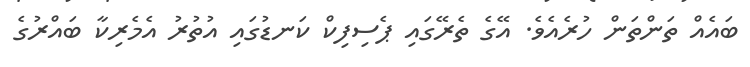
ބައެއް ތަންތަން ހުރެއެވެ. އޭގެ ތެރޭގައި ޕެސިފިކް ކަނޑުގައި އުތުރު އެމެރިކާ ބައްރުގެ